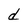
Character: d